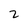
Character: 2